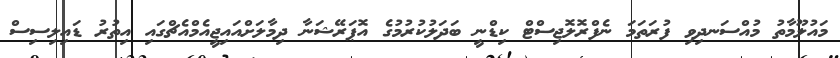
މައުލޫމާތު މުއްސަނދިވި ފުރަތަމަ ނެފްރޮލޮޖިސްޓް ކިޑްނީ ބަދަލުކުރުމުގެ އޮޕަރޭޝަނާ ދިމާލަށްއައިޖީއެމްއެޗްގައި އިތުރު ޑައިލިސިސް